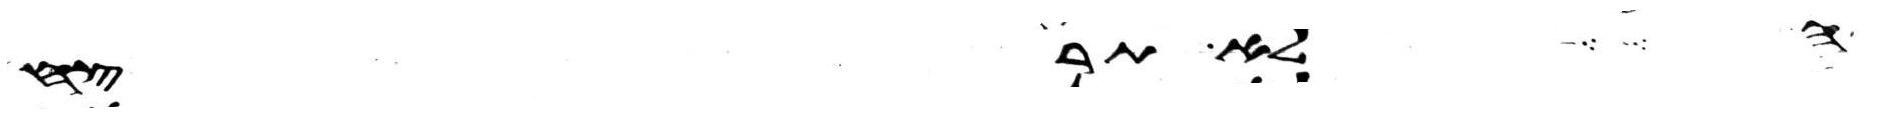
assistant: לא תרצח